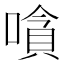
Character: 嗿